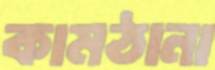
কামঠানা